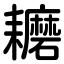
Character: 耱